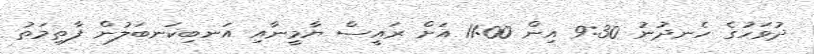
ދުވަހުގެ ހެނދުނު 9:30 އިން 11:00 އަށް ރައީސް ޔާމީނާއި އަނބިކަނބަލުން ފާތިމަތު